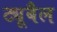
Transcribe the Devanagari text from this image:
ट्यूबैल